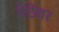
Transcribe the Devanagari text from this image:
पेठेवर